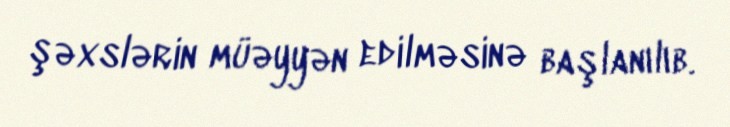
şəxslərin müəyyən edilməsinə başlanılıb.